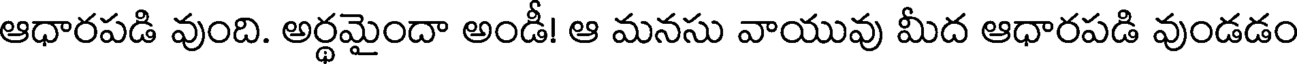
ఆధారపడి వుంది. అర్థమైందా అండీ! ఆ మనసు వాయువు మీద ఆధారపడి వుండడం